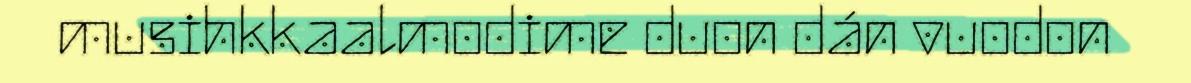
musihkkaalmodime duon dán vuodon